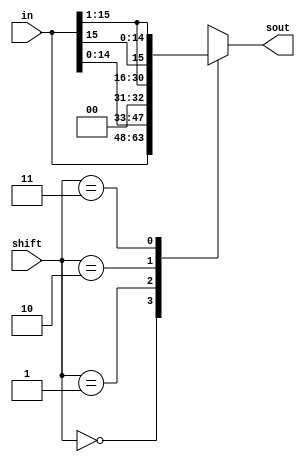


module shifter(in,shift,sout);
  input [15:0] in;
  input [1:0] shift;
  output [15:0] sout;
  
  reg [15:0] sout;

  always @(*) begin
    case(shift)
      2'b00: sout = in;   //Remains same
      2'b01: sout = in<<1;//B shifted left 1-bit, least significant bit is zero
      2'b10: sout = in>>1;//B shifted right 1-bit, most significant bit, MSB, is 0
      2'b11: sout = {in[15],in[15:1]};//B shifted right 1-bit, MSB is copy of B[15]
      default: sout =  {16{1'bx}} ; //to catch errors
    endcase
  end

endmodule